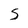
Character: 5